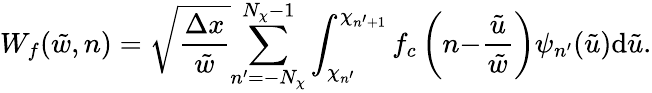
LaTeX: W_{f}(\tilde{w},n)=\sqrt{\frac{\Delta x}{\tilde{w}}}{\sum_{n^{\prime}=-N_{\chi}}^{N_{\chi}-1}}\int_{\chi_{n^{\prime}}}^{\chi_{n^{\prime}{+}1}}f_{c}\left(n{-}\frac{\tilde{u}}{\tilde{w}}\right)\psi_{n^{\prime}}(\tilde{u})\mathrm{d}\tilde{u}.